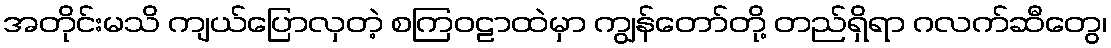
အတိုင်းမသိ ကျယ်ပြောလှတဲ့ စကြဝဠာထဲမှာ ကျွန်တော်တို့ တည်ရှိရာ ဂလက်ဆီတွေ၊